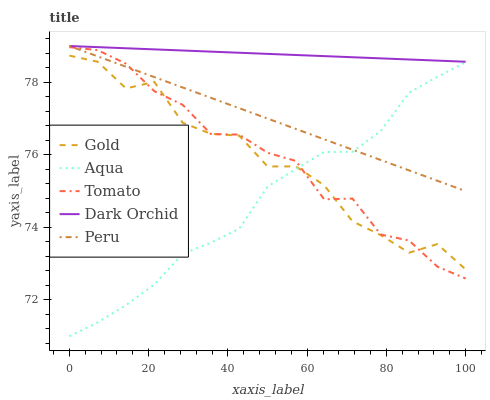
| xaxis_label | Gold | Aqua | Tomato | Dark Orchid | Peru |
 | --- | --- | --- | --- | --- | --- |
 | 0 | 78.7 | 71 | 79 | 79 | 79 |
 | 7.14 | 78.6 | 71.4 | 78.9 | 79 | 78.7 |
 | 14.3 | 77.8 | 71.9 | 78.5 | 78.9 | 78.4 |
 | 21.4 | 78 | 72.4 | 77.8 | 78.9 | 78.1 |
 | 28.6 | 76.9 | 73.3 | 77.4 | 78.9 | 77.9 |
 | 35.7 | 76.6 | 73.6 | 76.6 | 78.8 | 77.6 |
 | 42.9 | 76.5 | 74 | 76.6 | 78.8 | 77.3 |
 | 50 | 75.7 | 75.1 | 76.1 | 78.8 | 77 |
 | 57.1 | 75.7 | 75.6 | 75.8 | 78.8 | 76.7 |
 | 64.3 | 75.2 | 76.1 | 74.8 | 78.7 | 76.4 |
 | 71.4 | 74.2 | 76.1 | 74.8 | 78.7 | 76.1 |
 | 78.6 | 73.8 | 76.7 | 73.8 | 78.7 | 75.9 |
 | 85.7 | 73.3 | 77.7 | 73.6 | 78.6 | 75.6 |
 | 92.9 | 73.5 | 78.2 | 72.9 | 78.6 | 75.3 |
 | 100 | 72.8 | 78.6 | 72.6 | 78.6 | 75 |